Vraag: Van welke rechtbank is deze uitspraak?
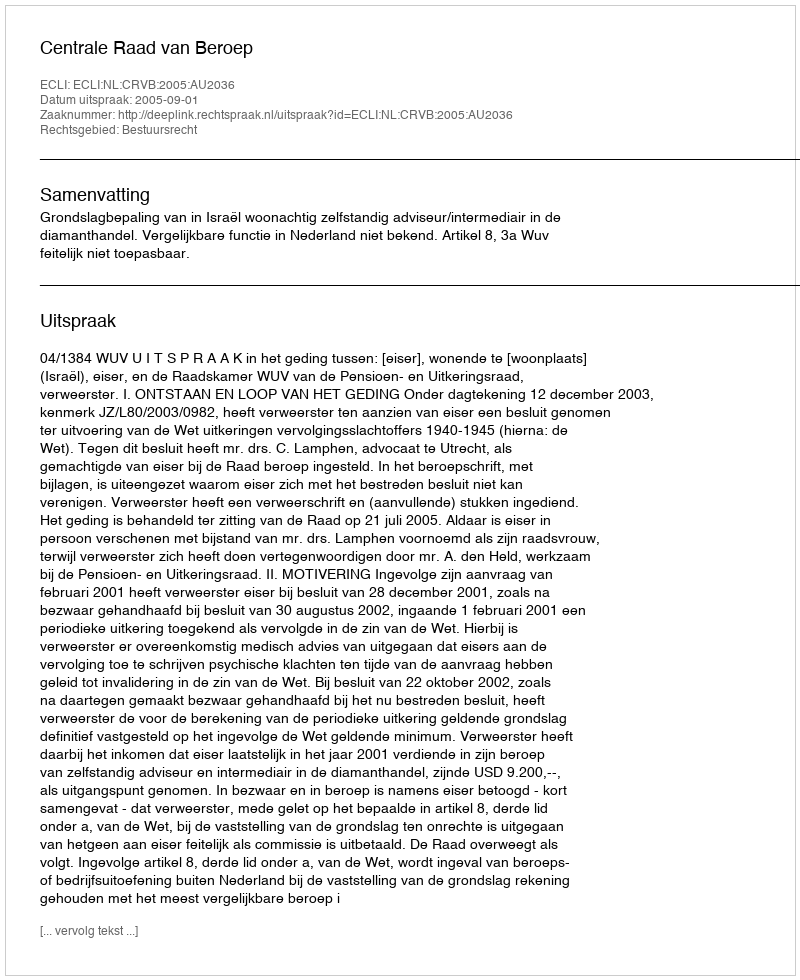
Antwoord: Centrale Raad van Beroep